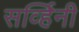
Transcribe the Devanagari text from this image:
सर्व्हिनी